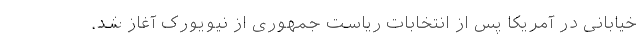
خیابانی در آمریکا پس از انتخابات ریاست جمهوری از نیویورک آغاز شد.